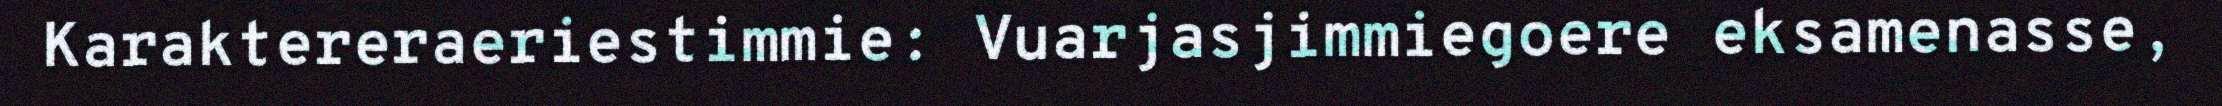
Karaktereraeriestimmie: Vuarjasjimmiegoere eksamenasse,